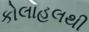
કોલાહલથી